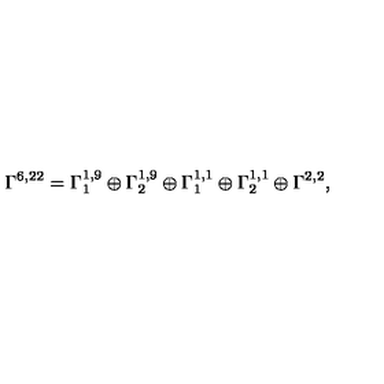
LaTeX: \Gamma ^ { 6 , 2 2 } = \Gamma _ { 1 } ^ { 1 , 9 } \oplus \Gamma _ { 2 } ^ { 1 , 9 } \oplus \Gamma _ { 1 } ^ { 1 , 1 } \oplus \Gamma _ { 2 } ^ { 1 , 1 } \oplus \Gamma ^ { 2 , 2 } ,